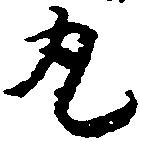
丸